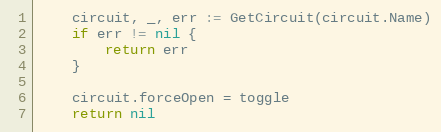
Language: Go
	circuit, _, err := GetCircuit(circuit.Name)
	if err != nil {
		return err
	}

	circuit.forceOpen = toggle
	return nil